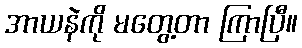
အာယနဲကို မတွေ့တာ ကြာပြီ။